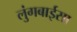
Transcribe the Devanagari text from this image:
लुंगबाईसा